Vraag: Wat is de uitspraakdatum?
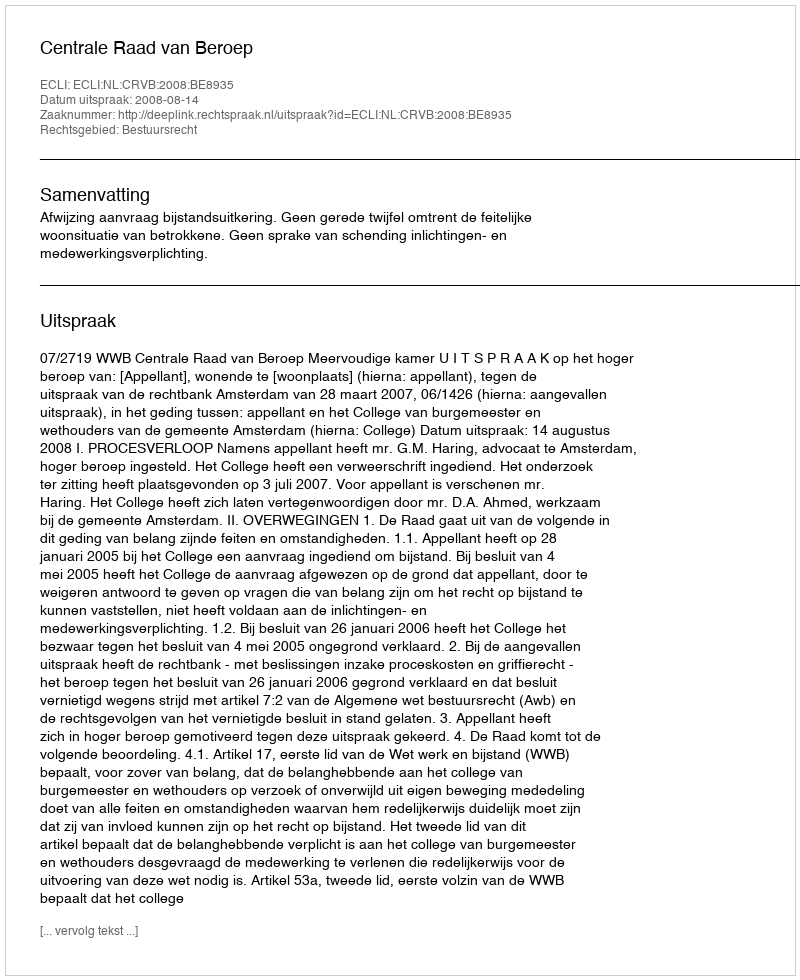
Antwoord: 2008-08-14